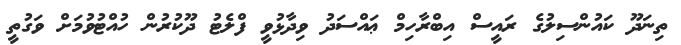
ތިނަދޫ ކައުންސިލުގެ ރައީސް އިބްރާހިމް ޢައްސަދު ވިދާޅުވީ ފްލެޓު ދޫކުރުން ހުއްޓުވުމަށް ވަގުތީ